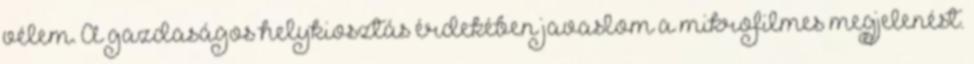
vélem. A gazdaságos helykiosztás érdekében javaslom a mikrofilmes megjelenést.